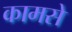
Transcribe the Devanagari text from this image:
कामसे